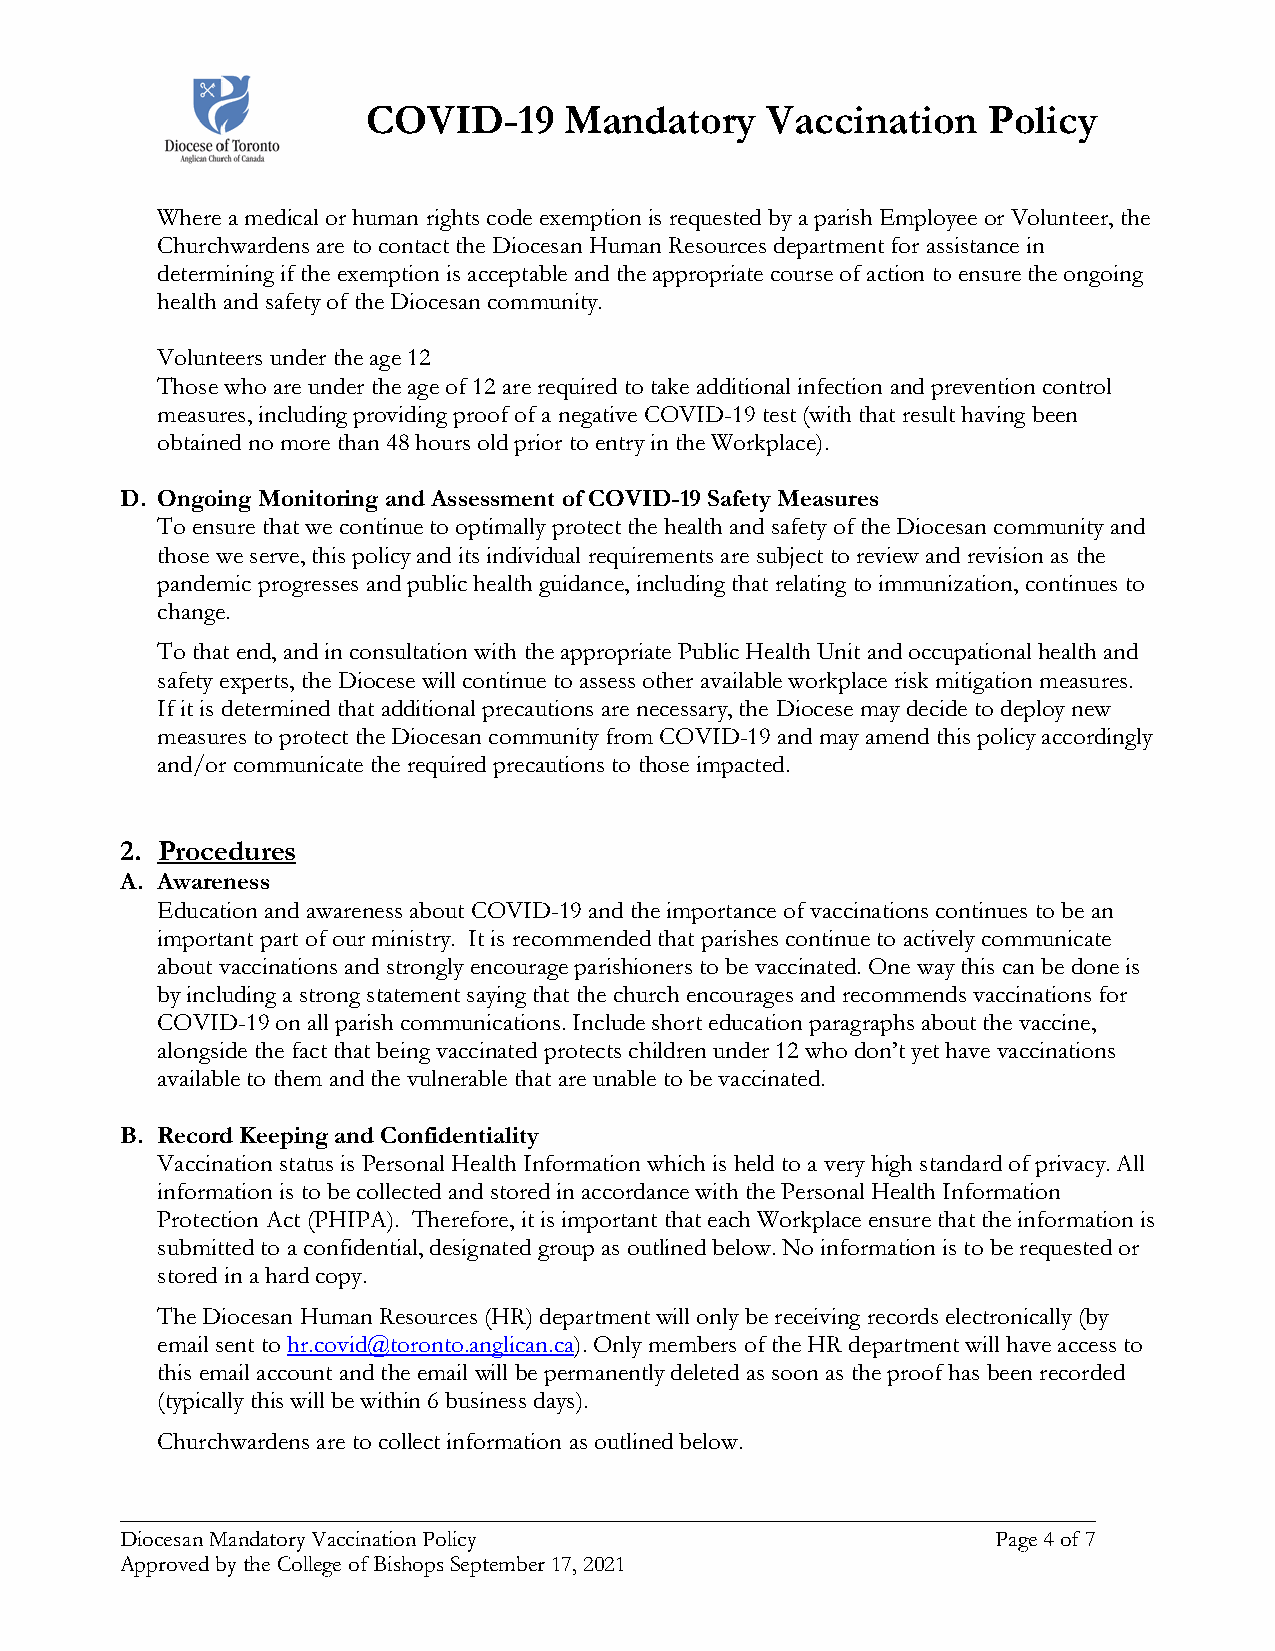
COVID-19     Mandatory     Vaccination   Policy
 Where a medical or human rights code exemption is requested by a parish Employee or Volunteer, the
 Churchwardens are to contact the Diocesan Human Resources department for assistance in
 determining if the exemption is acceptable and the appropriate course of action to ensure the ongoing
 health and safety of the Diocesan community.
 Volunteers under the age 12
 Those who are under the age of 12 are required to take additional infection and prevention control
 measures, including providing proof of a negative COVID-19 test (with that result having been
 obtained no more than 48 hours old prior to entry in the Workplace).
 D. Ongoing Monitoring and Assessment of COVID-19 Safety Measures
 To ensure that we continue to optimally protect the health and safety of the Diocesan community and
 those we serve, this policy and its individual requirements are subject to review and revision as the
 pandemic progresses and public health guidance, including that relating to immunization, continues to
 change.
 To that end, and in consultation with the appropriate Public Health Unit and occupational health and
 safety experts, the Diocese will continue to assess other available workplace risk mitigation measures.
 If it is determined that additional precautions are necessary, the Diocese may decide to deploy new
 measures to protect the Diocesan community from COVID-19 and may amend this policy accordingly
 and/or communicate the required precautions to those impacted.
 2. Procedures
 A. Awareness
 Education and awareness about COVID-19 and the importance of vaccinations continues to be an
 important part of our ministry. It is recommended that parishes continue to actively communicate
 about vaccinations and strongly encourage parishioners to be vaccinated. One way this can be done is
 by including a strong statement saying that the church encourages and recommends vaccinations for
 COVID-19 on all parish communications. Include short education paragraphs about the vaccine,
 alongside the fact that being vaccinated protects children under 12 who don’t yet have vaccinations
 available to them and the vulnerable that are unable to be vaccinated.
 B. Record Keeping and Confidentiality
 Vaccination status is Personal Health Information which is held to a very high standard of privacy. All
 information is to be collected and stored in accordance with the Personal Health Information
 Protection Act (PHIPA). Therefore, it is important that each Workplace ensure that the information is
 submitted to a confidential, designated group as outlined below. No information is to be requested or
 stored in a hard copy.
 The Diocesan Human Resources (HR) department will only be receiving records electronically (by
 email sent to hr.covid@toronto.anglican.ca). Only members of the HR department will have access to
 this email account and the email will be permanently deleted as soon as the proof has been recorded
 (typically this will be within 6 business days).
 Churchwardens are to collect information as outlined below.
 ______________________________________________________________________________
 Diocesan Mandatory Vaccination Policy                     Page 4 of 7
 Approved by the College of Bishops September 17, 2021